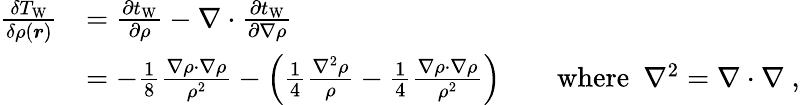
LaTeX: {\begin{array}{rl}{{\frac{\delta T_{\mathrm{W}}}{\delta\rho({\boldsymbol{r}})}}}&{={\frac{\partial t_{\mathrm{W}}}{\partial\rho}}-\nabla\cdot{\frac{\partial t_{\mathrm{W}}}{\partial\nabla\rho}}}\\ &{=-{\frac{1}{8}}{\frac{\nabla\rho\cdot\nabla\rho}{\rho^{2}}}-\left({\frac{1}{4}}{\frac{\nabla^{2}\rho}{\rho}}-{\frac{1}{4}}{\frac{\nabla\rho\cdot\nabla\rho}{\rho^{2}}}\right)\qquad{\mathrm{where}}\ \ \nabla^{2}=\nabla\cdot\nabla\ ,}\end{array}}